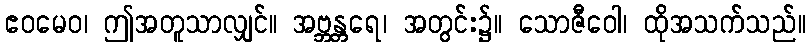
ဧဝမေဝ၊ ဤအတူသာလျှင်။ အဗ္ဘန္တရေ၊ အတွင်း၌။ သောဇီဝေါ၊ ထိုအသက်သည်။